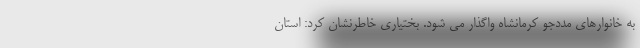
به خانوارهای مددجو کرمانشاه واگذار می شود. بختیاری خاطرنشان کرد: استان